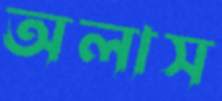
অলাস